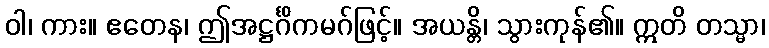
ဝါ၊ ကား။ ဧတေန၊ ဤအဋ္ဌင်္ဂိကမဂ်ဖြင့်။ အယန္တိ၊ သွားကုန်၏။ ဣတိ တသ္မာ၊